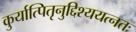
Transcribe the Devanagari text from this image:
कुर्यात्पितृनुद्दिश्ययत्नतः